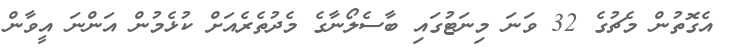
އެގޮތުން މެޗުގެ 32 ވަނަ މިނަޓުގައި ބާސެލޯނާގެ މެދުތެރެއަށް ކުޅެމުން އަންނަ އީވާން